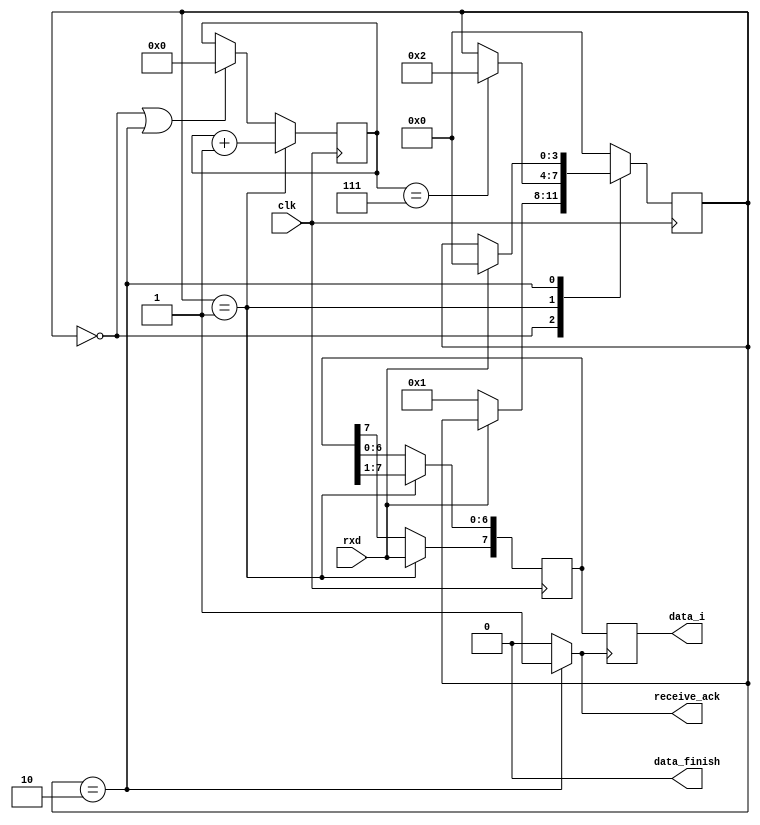
`timescale 1ns / 1ps
//////////////////////////////////////////////////////////////////////////////////
// Company: 
// Engineer: 
// 
// Design Name: 
// Module Name: uart_rx
// Project Name: 
// Target Devices: 
// Tool Versions: 
// Description: 
// 
// Dependencies: 
// 
// Revision:
// Revision 0.01 - File Created
// Additional Comments:
// 
//////////////////////////////////////////////////////////////////////////////////


module uart_rx(
	clk,
	rxd,
	receive_ack,
	data_i,
	data_finish
	);

	input clk; // 
	input rxd; // 
	output receive_ack; // ?
	output reg[7:0] data_i=0; // 
	output data_finish;

	localparam IDLE = 0,
			   RECEIVE = 1,
			   RECEIVE_END = 2;

	reg[3:0] cur_st=IDLE,nxt_st=IDLE;
	reg[4:0] count=0;
	reg[7:0] data_i_tmp=0;

	always @(posedge clk) 
		cur_st <= nxt_st;

	always @ * begin
		nxt_st = cur_st;
		case(cur_st)
			IDLE: if(!rxd) nxt_st = RECEIVE;
			RECEIVE: if(count==7) nxt_st = RECEIVE_END;
			RECEIVE_END:if(rxd) nxt_st = IDLE;
			default: nxt_st = IDLE;
		endcase
	end

	always @(posedge clk) begin
		if(cur_st == RECEIVE)
			count <= count + 1;
		else if(cur_st==IDLE | cur_st==RECEIVE_END)
			count <= 0;
	end

	always @(posedge clk) begin
		if(cur_st==RECEIVE) begin
			data_i_tmp[6:0] <= data_i_tmp[7:1];
			data_i_tmp[7] <= rxd;
		end
	end

	always @ (posedge receive_ack)
		data_i <= data_i_tmp;

	assign receive_ack = cur_st == RECEIVE_END ? 1'b1 : 1'b0;
	// never over
	assign data_finish = 0;
endmodule